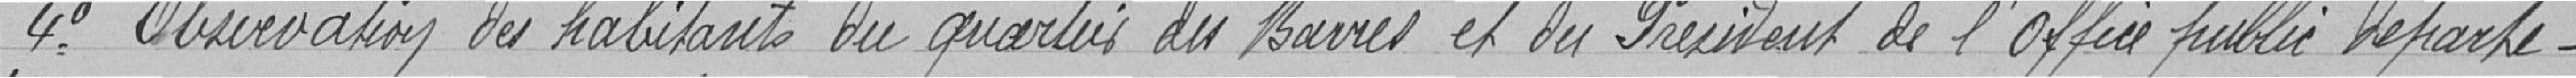
4° Observation des habitants du quartier du Ba... et du Président de l'Office public Départe-